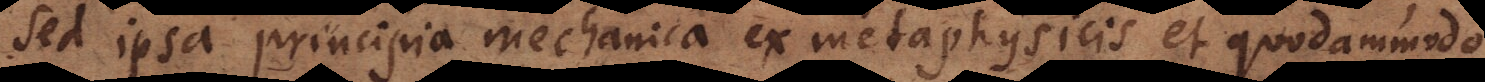
sed ipsa principia mechanica ex metaphysicis et quodammodo